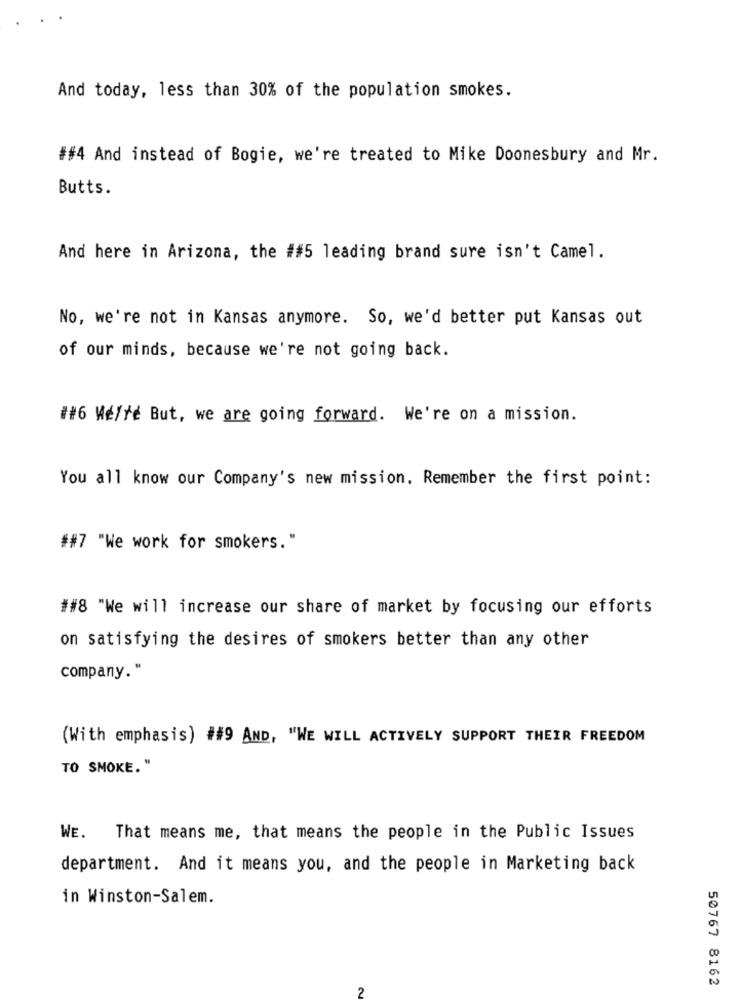
And today, less than 30% of the population smokes.
##4 And instead of Bogie, we're treated to Mike Doonesbury and Mr.
Butts.
And here in Arizona, the ##5 leading brand sure isn't Camel.
No, we're not in Kansas anymore. So, we'd better put Kansas out
of our minds, because we're not going back.
##6 We/re But, we are going forward. We're on a mission.
You all know our Company's new mission. Remember the first point:
##7 "We work for smokers."
##8 "We will increase our share of market by focusing our efforts
on satisfying the desires of smokers better than any other
company."
(With emphasis) ##9 AND, "WE WILL ACTIVELY SUPPORT THEIR FREEDOM
TO SMOKE. "
WE.
That means me, that means the people in the Public Issues
department. And it means you, and the people in Marketing back
in Winston-Salem.
50767 8162
2